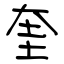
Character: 奎